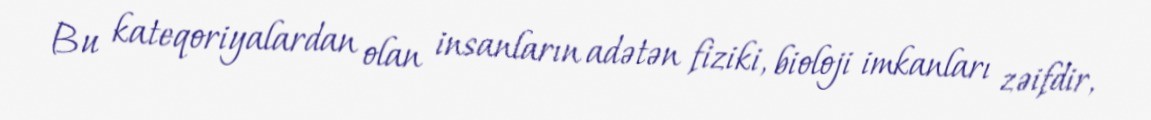
Bu kateqoriyalardan olan insanların adətən fiziki, bioloji imkanları zəifdir,